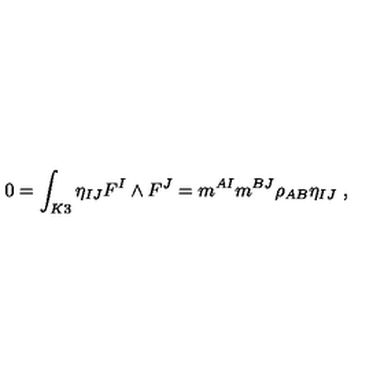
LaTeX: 0 = \int _ { K 3 } \eta _ { I J } F ^ { I } \wedge F ^ { J } = m ^ { A I } m ^ { B J } \rho _ { A B } \eta _ { I J } \ ,